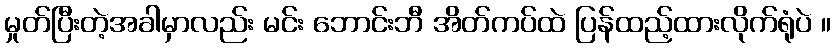
မှုတ်ပြီးတဲ့အခါမှာလည်း မင်း ဘောင်းဘီ အိတ်ကပ်ထဲ ပြန်ထည့်ထားလိုက်ရုံပဲ ။